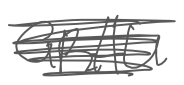
Text: GRAU
Cross-out: scratch
Writing tool: digital_gray